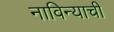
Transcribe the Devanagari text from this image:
नाविन्याची